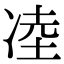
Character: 㓐